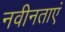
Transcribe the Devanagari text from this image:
नवीनताएं